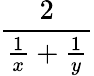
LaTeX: \frac{2}{\frac{1}{x}+\frac{1}{y}}